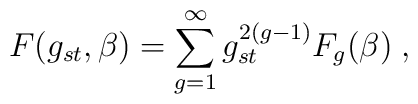
F(g_{st},\beta)=\sum_{g=1}^{\infty}g_{st}^{2(g-1)}F_{g}(\beta)\;,